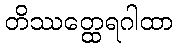
တိဿတ္ထေရဂါထာ